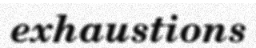
exhaustions